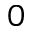
0